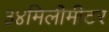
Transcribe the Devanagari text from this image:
३४मिलीमीटर